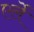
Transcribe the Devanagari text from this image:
एर्ले